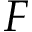
F